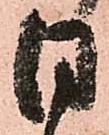
日